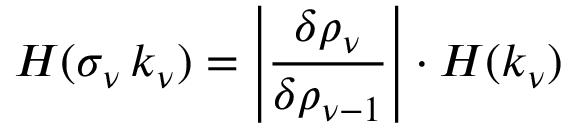
H ( \sigma _ { \nu } \, k _ { \nu } ) = \left| \frac { \delta \rho _ { \nu } } { \delta \rho _ { \nu - 1 } } \right| \cdot { H } ( k _ { \nu } )